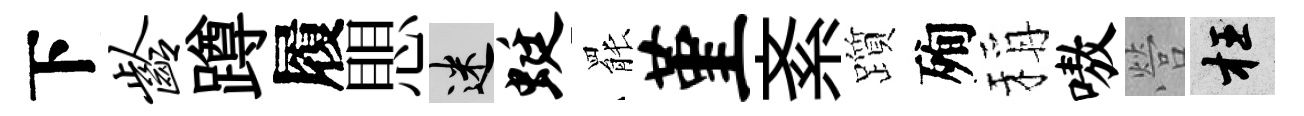
下龄蹲履愳迷蜓罷堇紊躓殉稱嗷營枉